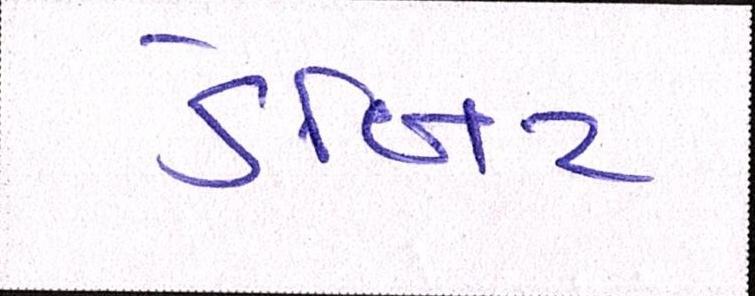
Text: ડેબિટ